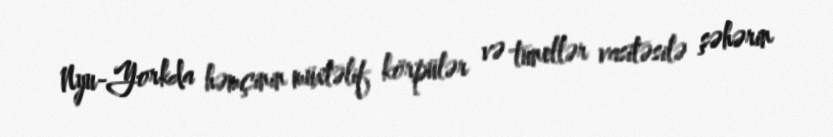
Nyu-Yorkda həmçinin müxtəlif körpülər və tunellər vasitəsilə şəhərin